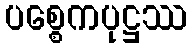
ပစ္စေကပုဋ္ဌဿ